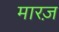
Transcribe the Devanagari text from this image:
मारज़